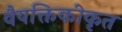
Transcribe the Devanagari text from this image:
वैयक्तिकीकृत